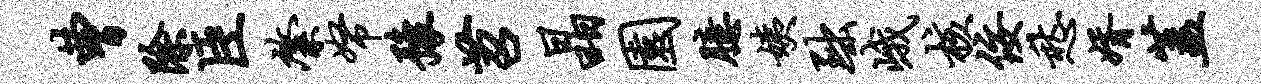
曹除臣綮帑豫苕晶园臆姨黜峨核佞愁婿盖